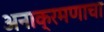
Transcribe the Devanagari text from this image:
अनाक्रमणाचा